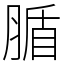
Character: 腯